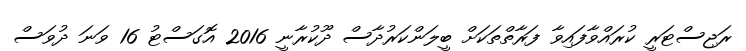
ރަޖިސްޓަރީ ކުރަައްވާފައިވާ ފަރާތްތަކަށް ބީލަންކަރުދާސް ދޫކުރާނީ 2016 އޮގަސްޓު 16 ވަނަ ދުވަސް